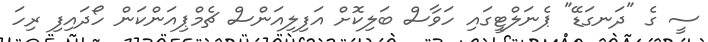
ސީ ގެ "ދަނގަޑޭ" ޕެނަލްޓީގައި ހަވާސް ބަލިކޮށް އަފިލިއަންސް ޗެމްޕިއަންކަން ހޯދައިފި ރިހަ